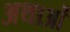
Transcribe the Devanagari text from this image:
अथाओं